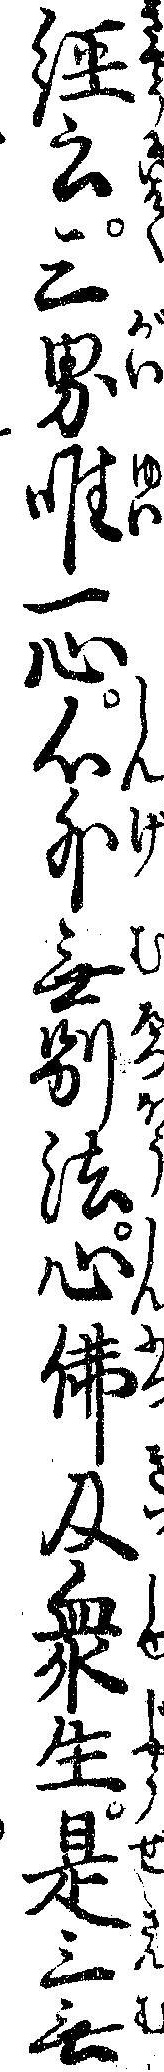
経云三界唯一心心外無別法心仏及衆生是三無